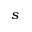
s